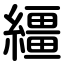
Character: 繮